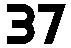
37